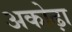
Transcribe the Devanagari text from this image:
अकोढ़ा